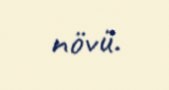
növü.